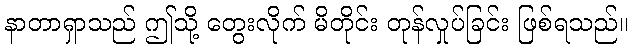
နာတာရှာသည် ဤသို့ တွေးလိုက် မိတိုင်း တုန်လှုပ်ခြင်း ဖြစ်ရသည်။